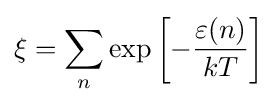
\xi =\sum _{n}\exp \left[-{\frac {\varepsilon (n)}{kT}}\right]